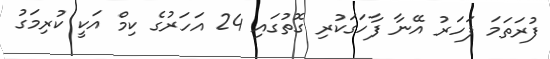
ފުރަތަމަ ފަހަރު އޭނާ ފާހަގަކުރި ގޮތުގައި 24 އަހަރުގެ ކިމް އަކީ ކުރިމަގު